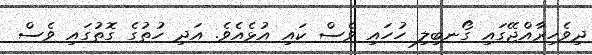
ދިވެހިރާއްޖޭގައި ގޯނބިލި ހުހައި ވެސް ކައި އުޅެއެވެ. އަދި ހުތުގެ ގޮތުގައި ވެސް